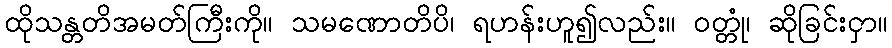
ထိုသန္တတိအမတ်ကြီးကို။ သမဏောတိပိ၊ ရဟန်းဟူ၍လည်း။ ဝတ္တုံ၊ ဆိုခြင်းငှာ။